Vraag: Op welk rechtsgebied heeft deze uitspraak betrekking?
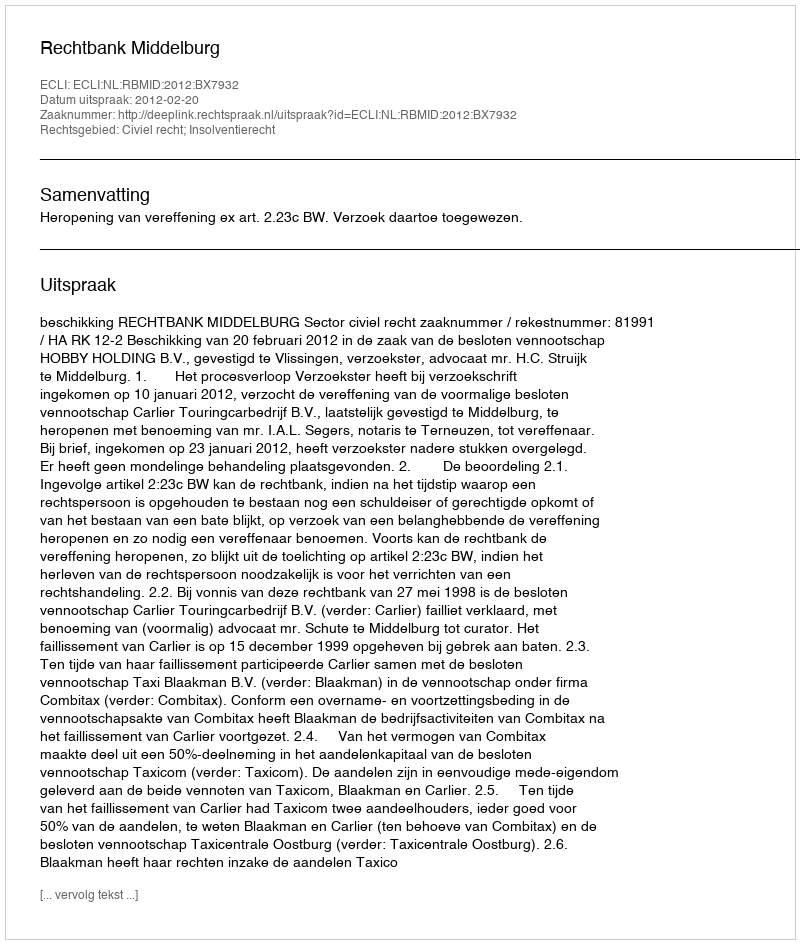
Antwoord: Civiel recht; Insolventierecht